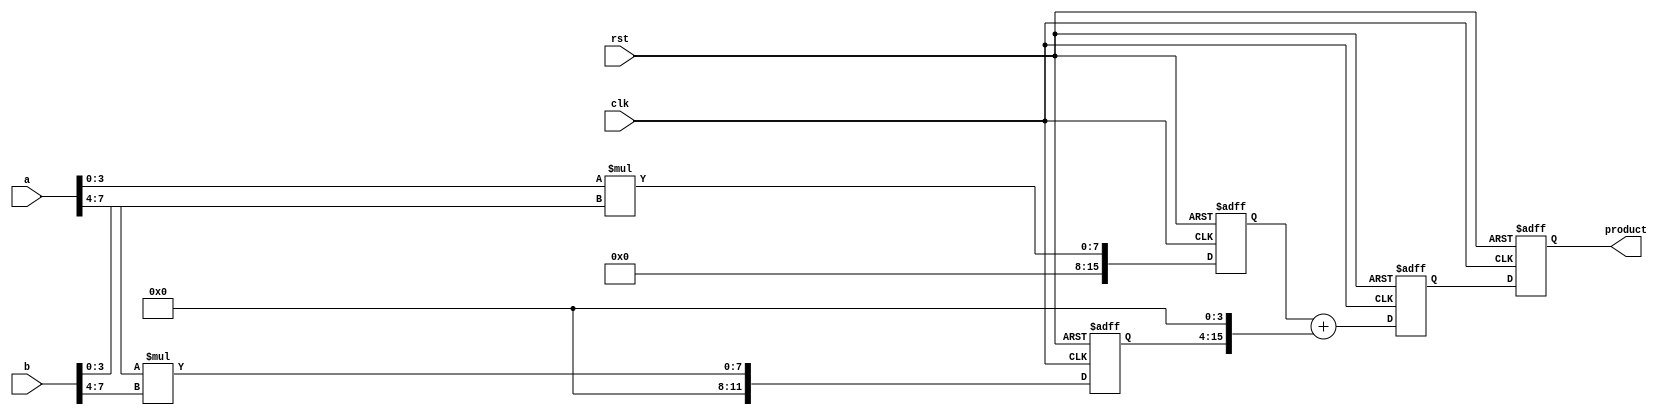
module pipelined_sliced_multiplier (
    input wire clk,
    input wire rst,
    input wire [7:0] a, // 8-bit multiplicand
    input wire [7:0] b, // 8-bit multiplier
    output reg [15:0] product // 16-bit product
);

    // Parameters for slicing
    parameter SLICE_WIDTH = 4;
    parameter NUM_SLICES = 2;

    // Internal signals for partial products
    wire [SLICE_WIDTH-1:0] a_slice [0:NUM_SLICES-1];
    wire [SLICE_WIDTH-1:0] b_slice [0:NUM_SLICES-1];
    wire [15:0] partial_product [0:NUM_SLICES-1];

    // Registers for pipelining
    reg [15:0] pp_reg [0:NUM_SLICES-1];
    reg [15:0] sum_reg;

    // Generate slices
    assign a_slice[0] = a[3:0];
    assign a_slice[1] = a[7:4];
    assign b_slice[0] = b[3:0];
    assign b_slice[1] = b[7:4];

    // Partial product generation
    generate
        genvar i;
        for (i = 0; i < NUM_SLICES; i = i + 1) begin : pp_gen
            assign partial_product[i] = a_slice[i] * b_slice[i];
        end
    endgenerate

    // Pipeline stages
    always @(posedge clk or posedge rst) begin
        if (rst) begin
            pp_reg[0] <= 16'b0;
            pp_reg[1] <= 16'b0;
            sum_reg <= 16'b0;
            product <= 16'b0;
        end else begin
            // Stage 1: Latch partial products
            pp_reg[0] <= partial_product[0];
            pp_reg[1] <= partial_product[1];

            // Stage 2: Sum the partial products
            sum_reg <= pp_reg[0] + (pp_reg[1] << SLICE_WIDTH); // Shift left for proper alignment

            // Stage 3: Output the final product
            product <= sum_reg;
        end
    end

endmodule